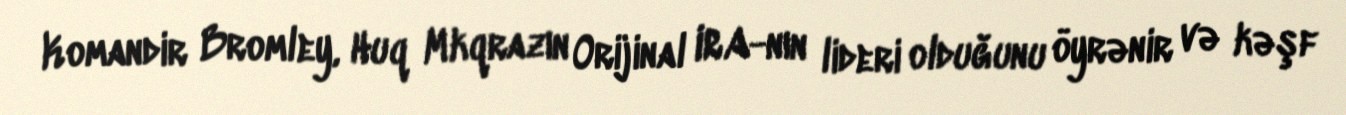
Komandir Bromley, Huq Mkqrazın Orijinal IRA-nın lideri olduğunu öyrənir və kəşf